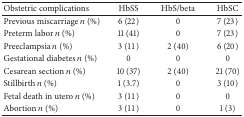
| Obstetric complications | HbSS | HbS/beta | HbSC |
 | --- | --- | --- | --- |
 | Previous miscarriage n (%) | 6 (22) | 0 | 7 (23) |
 | Preterm labor n (%) | 11 (41) | 0 | 7 (23) |
 | Preeclampsia n (%) | 3 (11) | 2 (40) | 6 (20) |
 | Gestational diabetes n (%) | 0 | 0 | 0 |
 | Cesarean section n (%) | 10 (37) | 2 (40) | 21 (70) |
 | Stillbirth n (%) | 1 (3.7) | 0 | 3 (10) |
 | Fetal death in utero n (%) | 3 (11) | 0 | 0 |
 | Abortion n (%) | 3 (11) | 0 | 1 (3) |